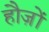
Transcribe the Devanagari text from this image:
हौज़ों